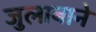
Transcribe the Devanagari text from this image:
जुलाबाने